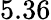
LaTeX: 5.36